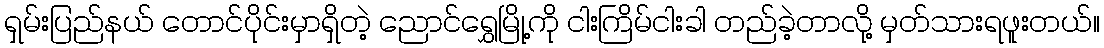
ရှမ်းပြည်နယ် တောင်ပိုင်းမှာရှိတဲ့ ညောင်ရွှေမြို့ကို ငါးကြိမ်ငါးခါ တည်ခဲ့တာလို့ မှတ်သားရဖူးတယ်။